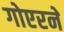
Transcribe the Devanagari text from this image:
गोएरने